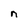
Character: n